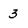
Character: 3